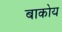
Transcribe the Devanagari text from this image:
बाकोय